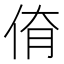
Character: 𠉈